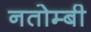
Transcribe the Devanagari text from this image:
नतोम्बी